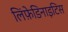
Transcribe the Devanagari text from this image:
लिंफ़ेडिनाइटिस